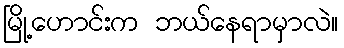
မြို့ဟောင်းက ဘယ်နေရာမှာလဲ။